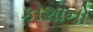
કોશાનો